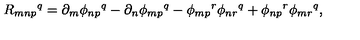
R _ { m n p } { } ^ { q } = \partial _ { m } \phi _ { n p } { } ^ { q } - \partial _ { n } \phi _ { m p } { } ^ { q } - \phi _ { m p } { } ^ { r } \phi _ { n r } { } ^ { q } + \phi _ { n p } { } ^ { r } \phi _ { m r } { } ^ { q } ,